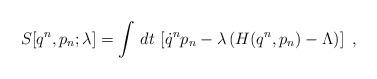
LaTeX: \begin{align*}S[q^n,p_n;\lambda]=\int\,dt\,\left[\dot{q}^np_n-\lambda\left(H(q^n,p_n)-\Lambda\right)\right]\ ,\end{align*}